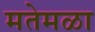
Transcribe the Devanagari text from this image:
मतेमळा